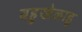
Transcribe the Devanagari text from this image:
बहुखेळाडू